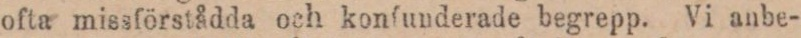
ofta missförstådda och konfunderade begrepp. Vi anbe-